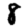
Digit: 8